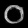
Digit: ၀